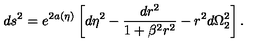
d s ^ { 2 } = e ^ { 2 a ( \eta ) } \left[ d \eta ^ { 2 } - \frac { d r ^ { 2 } } { 1 + \beta ^ { 2 } r ^ { 2 } } - r ^ { 2 } d \Omega _ { 2 } ^ { 2 } \right] .